Report of the Indian Hemp Drugs Commission, 1894-1895 - Volume I
Year: 1894
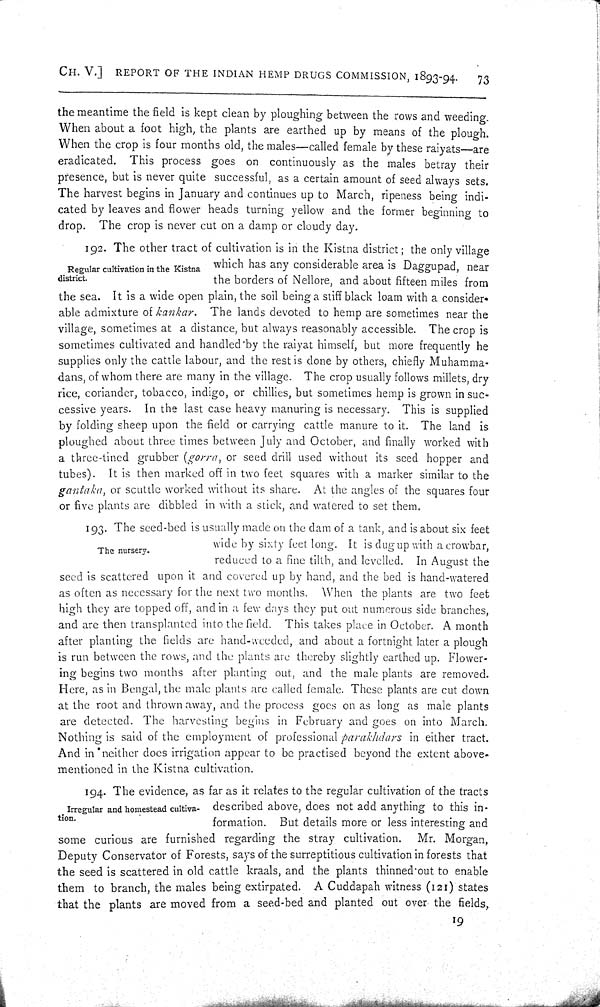
CH. V.] REPORT OF THE INDIAN HEMP DRUGS COMMISSION, 1893-94.
73
the meantime the field is kept clean by ploughing between the rows and weeding.
When about a foot high, the plants are earthed up by means of the plough.
When the crop is four months old, the males—called female by these raiyats—are
eradicated. This process goes on continuously as the males betray their
presence, but is never quite successful, as a certain amount of seed always sets.
The harvest begins in January and continues up to March, ripeness being indi-
cated by leaves and flower heads turning yellow and the former beginning to
drop. The crop is never cut on a damp or cloudy day.
Regular cultivation in the Kistna
district.
192. The other tract of cultivation is in the Kistna district; the only village
which has any considerable area is Daggupad, near
the borders of Nellore, and about fifteen miles from
the sea. It is a wide open plain, the soil being a stiff black loam with a consider-
able admixture of kankar. The lands devoted to hemp are sometimes near the
village, sometimes at a distance, but always reasonably accessible. The crop is
sometimes cultivated and handled by the raiyat himself, but more frequently he
supplies only the cattle labour, and the rest is done by others, chiefly Muhamma-
dans, of whom there are many in the village. The crop usually follows millets, dry
rice, coriander, tobacco, indigo, or chillies, but sometimes hemp is grown in suc-
cessive years. In the last case heavy manuring is necessary. This is supplied
by folding sheep upon the field or carrying cattle manure to it. The land is
ploughed about three times between July and October, and finally worked with
a three-tined grubber (gorra, or seed drill used without its seed hopper and
tubes). It is then marked off in two feet squares with a marker similar to the
gantaka, or scuttle worked without its share. At the angles of the squares four
or five plants are dibbled in with a stick, and watered to set them.
The nursery.
193. The seed-bed is usually made on the dam of a tank, and is about six feet
wide by sixty feet long. It is dug up with a crowbar,
reduced to a fine tilth, and levelled. In August the
seed is scattered upon it and covered up by hand, and the bed is hand-watered
as often as necessary for the next two months. When the plants are two feet
high they are topped off, and in a few days they put out numerous side branches,
and are then transplanted into the field. This takes place in October. A month
after planting the fields are hand-weeded, and about a fortnight later a plough
is run between the rows, and the plants are thereby slightly earthed up. Flower-
ing begins two months after planting out, and the male plants are removed.
Here, as in Bengal, the male plants are called female. These plants are cut down
at the root and thrown away, and the process goes on as long as male plants
are detected. The harvesting begins in February and goes on into March.
Nothing is said of the employment of professional parakhdars in either tract.
And in neither does irrigation appear to be practised beyond the extent above-
mentioned in the Kistna cultivation.
Irregular and homestead cultiva-
tion.
194. The evidence, as far as it relates to the regular cultivation of the tracts
described above, does not add anything to this in-
formation. But details more or less interesting and
some curious are furnished regarding the stray cultivation. Mr. Morgan,
Deputy Conservator of Forests, says of the surreptitious cultivation in forests that
the seed is scattered in old cattle kraals, and the plants thinned out to enable
them to branch, the males being extirpated. A Cuddapah witness (121) states
that the plants are moved from a seed-bed and planted out over the fields,
19